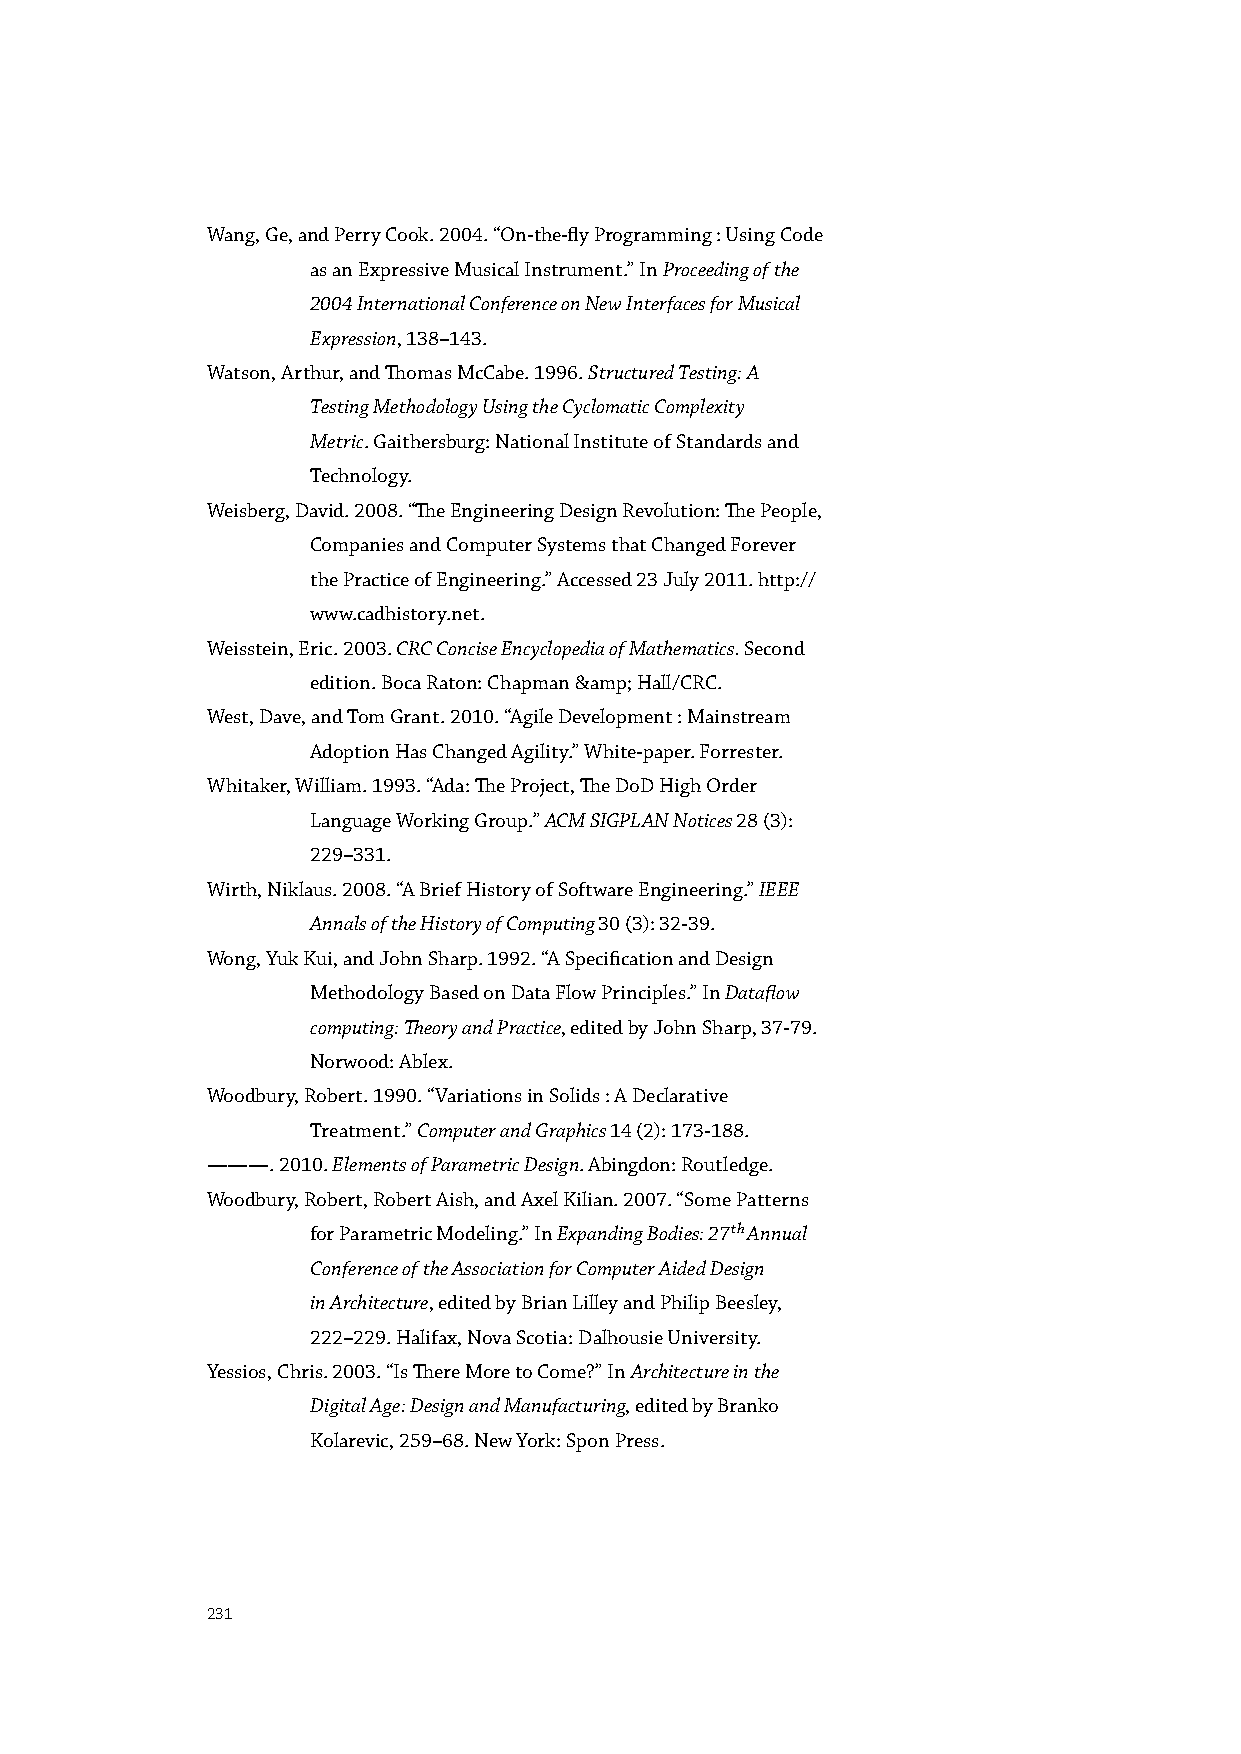
Wang, Ge, and Perry Cook. 2004. “On-the-fly Programming : Using Code
 as an Expressive Musical Instrument.” In Proceeding of the
 2004 International Conference on New Interfaces for Musical
 Expression, 138–143.
 Watson, Arthur, and Thomas McCabe. 1996. Structured Testing: A
 Testing Methodology Using the Cyclomatic Complexity
 Metric. Gaithersburg: National Institute of Standards and
 Technology.
 Weisberg, David. 2008. “The Engineering Design Revolution: The People,
 Companies and Computer Systems that Changed Forever
 the Practice of Engineering.” Accessed 23 July 2011. http://
 www.cadhistory.net.
 Weisstein, Eric. 2003. CRC Concise Encyclopedia of Mathematics. Second
 edition. Boca Raton: Chapman &amp; Hall/CRC.
 West, Dave, and Tom Grant. 2010. “Agile Development : Mainstream
 Adoption Has Changed Agility.” White-paper. Forrester.
 Whitaker, William. 1993. “Ada: The Project, The DoD High Order
 Language Working Group.” ACM SIGPLAN Notices 28 (3):
 229–331.
 Wirth, Niklaus. 2008. “A Brief History of Software Engineering.” IEEE
 Annals of the History of Computing 30 (3): 32-39.
 Wong, Yuk Kui, and John Sharp. 1992. “A Specification and Design
 Methodology Based on Data Flow Principles.” In Dataflow
 computing: Theory and Practice, edited by John Sharp, 37-79.
 Norwood: Ablex.
 Woodbury, Robert. 1990. “Variations in Solids : A Declarative
 Treatment.” Computer and Graphics 14 (2): 173-188.
 ———. 2010. Elements of Parametric Design. Abingdon: Routledge.
 Woodbury, Robert, Robert Aish, and Axel Kilian. 2007. “Some Patterns
 for Parametric Modeling.” In Expanding Bodies: 27th Annual
 Conference of the Association for Computer Aided Design
 in Architecture, edited by Brian Lilley and Philip Beesley,
 222–229. Halifax, Nova Scotia: Dalhousie University.
 Yessios, Chris. 2003. “Is There More to Come?” In Architecture in the
 Digital Age: Design and Manufacturing, edited by Branko
 Kolarevic, 259–68. New York: Spon Press.
 231